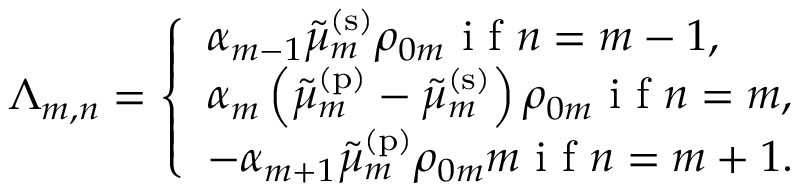
\Lambda _ { m , n } = \left\{ \begin{array} { l l } { \alpha _ { m - 1 } \tilde { \mu } _ { m } ^ { \mathrm { ( s ) } } \rho _ { 0 m } \mathrm { ~ i ~ f ~ } n = m - 1 , } \\ { \alpha _ { m } \left( \tilde { \mu } _ { m } ^ { \mathrm { ( p ) } } - \tilde { \mu } _ { m } ^ { \mathrm { ( s ) } } \right) \rho _ { 0 m } \mathrm { ~ i ~ f ~ } n = m , } \\ { - \alpha _ { m + 1 } \tilde { \mu } _ { m } ^ { \mathrm { ( p ) } } \rho _ { 0 m } m \mathrm { ~ i ~ f ~ } n = m + 1 . } \end{array} \right.